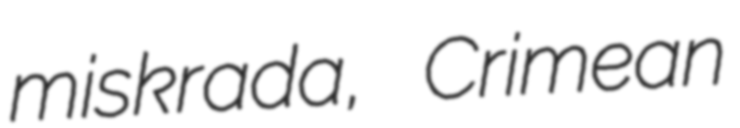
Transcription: miskrada, Crimean